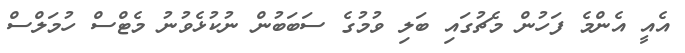
އެއީ އެންމެ ފަހުން މެޗުގައި ބަލި ވުމުގެ ސަބަބުން ނުކުޅެވުނު މެޓްސް ހުމަލްސް